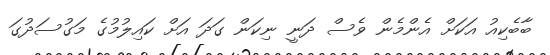
ބާބެކިއު އަކަށް އެންމެން ވެސް ދަނީ ނިކަން ގަދަ އަށް ކައިލުމުގެ މަގުސަދުގަ